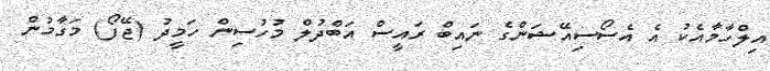
އިލްހާމާއެކު އެ އެސޯސިއޭޝަންގެ ނައިބް ރައީސް އަބްދުލް މުހުސިން ހަމީދު (ޖޭފޯ) މަގާމުން